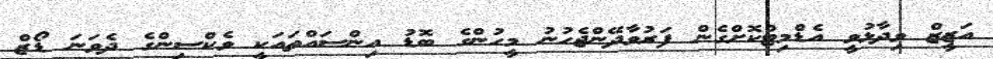
އަޒީޒް ވިދާޅުވީ އެޑްމިޓްކޮށްގެން ފަރުވާދޭންޖެހުނު މީހުންގެ ބޮޑު އިންސައްތައަކީ ވެކްސިންގެ ދެވަނަ ޑޯޒް